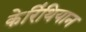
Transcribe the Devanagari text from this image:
केरिंथियान